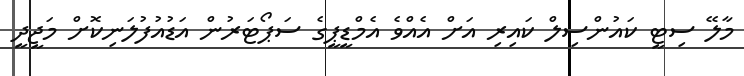
މާލޭ ސިޓީ ކައުންސިލް ކައިރި އަށް އެއްވެ އެމްޑީޕީގެ ސަޕޯޓަރުން އަޑުއުފުލަނިކޮށް މަޖީދީ